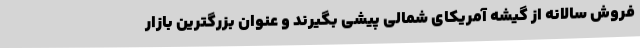
فروش سالانه از گیشه آمریکای شمالی پیشی بگیرند و عنوان بزرگترین بازار